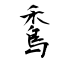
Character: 穒